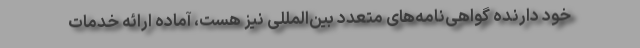
خود دارنده گواهی‌نامه‌­های متعدد بین­المللی نیز هست، آماده ارائه خدمات